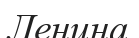
Ленина